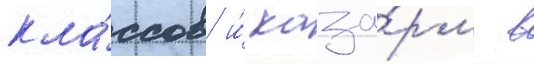
кла́ссов и́ каза́рм в